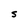
Character: S